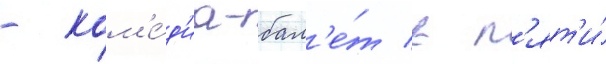
- ком'е́д'иа-бал'е́т в п'ят'и́